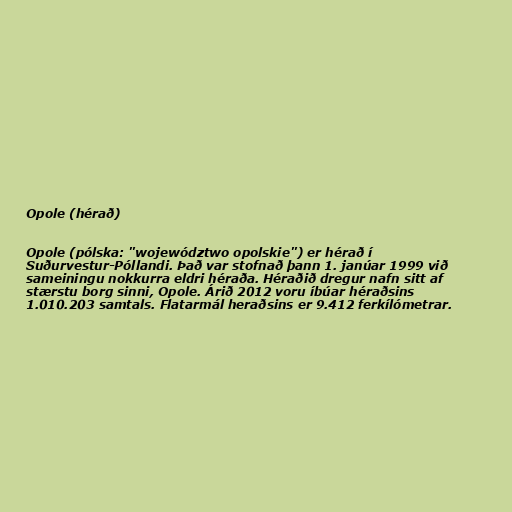
Opole (hérað)

Opole (pólska: "województwo opolskie") er hérað í
Suðurvestur-Póllandi. Það var stofnað þann 1. janúar 1999 við
sameiningu nokkurra eldri héraða. Héraðið dregur nafn sitt af
stærstu borg sinni, Opole. Árið 2012 voru íbúar héraðsins
1.010.203 samtals. Flatarmál heraðsins er 9.412 ferkílómetrar.